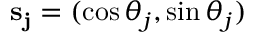
{ \bf s _ { j } } = ( \cos \theta _ { j } , \sin \theta _ { j } )